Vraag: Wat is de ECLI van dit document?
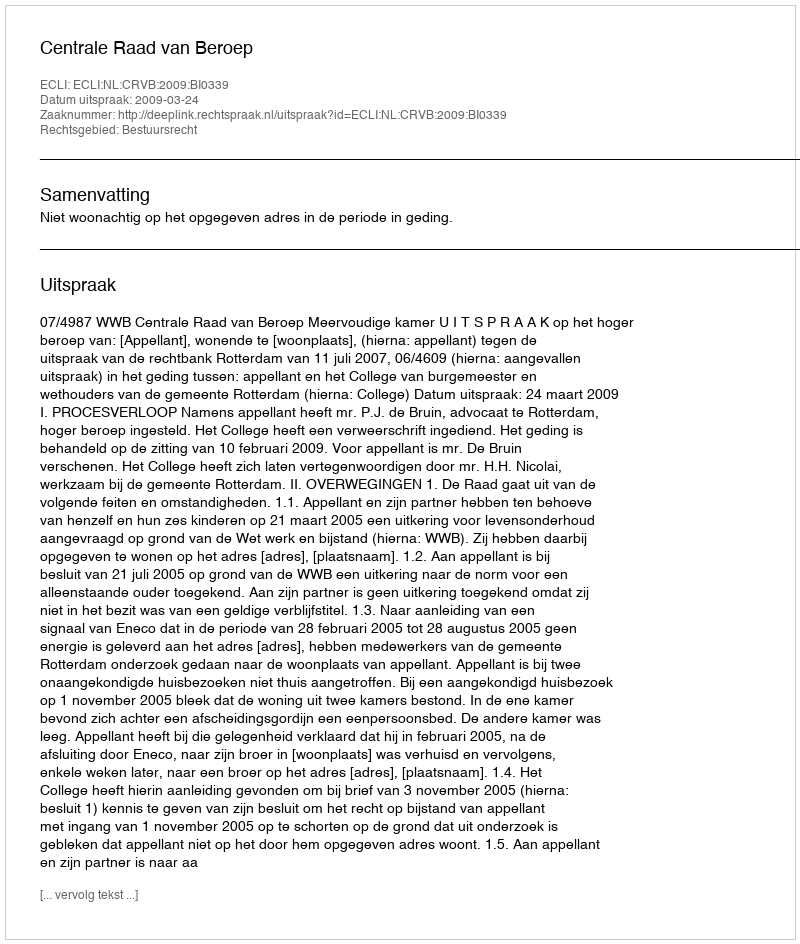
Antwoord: ECLI:NL:CRVB:2009:BI0339